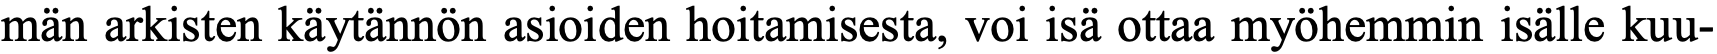
män arkisten käytännön asioiden hoitamisesta, voi isä ottaa myöhemmin isälle kuu-